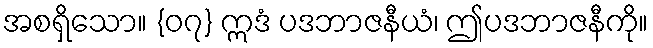
အစရှိသော။ {၀၇} ဣဒံ ပဒဘာဇနီယံ၊ ဤပဒဘာဇနီကို။